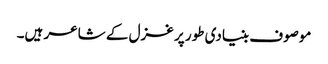
موصوف بنیادی طور پر غزل کے شاعر ہیں۔